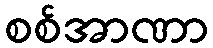
စစ်အာဏာ